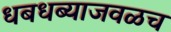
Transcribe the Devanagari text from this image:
धबधब्याजवळच